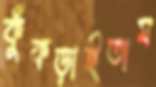
কুঁকড়াইতাম